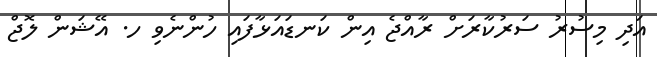
އަދި މިސުރު ސަރުކާރަށް ރާއްޖެ އިން ކަނޑައަޅާފައި ހުންނެވި ހ. އޭޝަން ލޮޖް